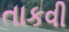
તાકવી